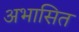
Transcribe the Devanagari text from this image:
अभासित